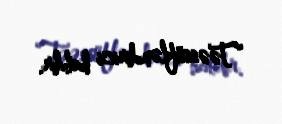
“Təəssüfləndirici haldır.